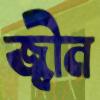
জ্বীন